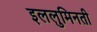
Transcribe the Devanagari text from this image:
इललुमिनती